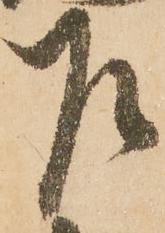
乍